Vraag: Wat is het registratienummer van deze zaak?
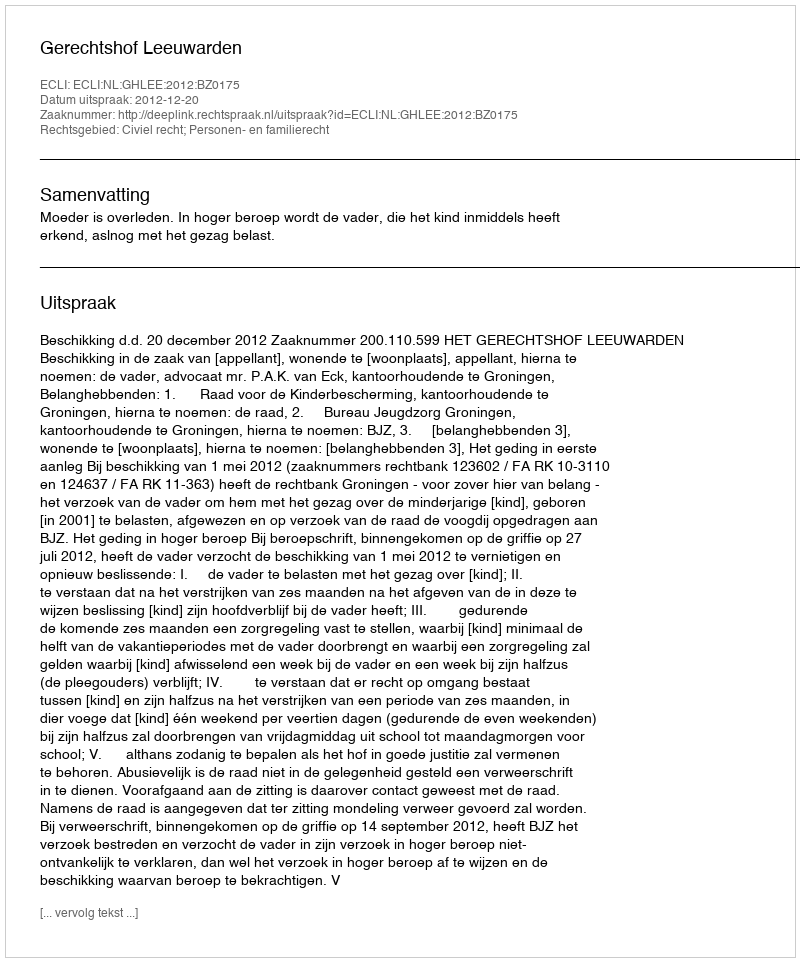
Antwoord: http://deeplink.rechtspraak.nl/uitspraak?id=ECLI:NL:GHLEE:2012:BZ0175